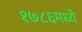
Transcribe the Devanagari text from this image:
१७८६मध्ये